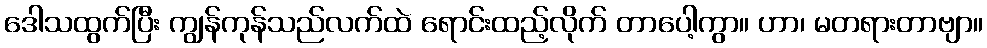
ဒေါသထွက်ပြီး ကျွန်ကုန်သည်လက်ထဲ ရောင်းထည့်လိုက် တာပေါ့ကွာ။ ဟာ၊ မတရားတာဗျာ။